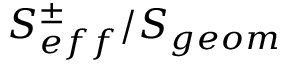
S _ { e f f } ^ { \pm } / S _ { g e o m }